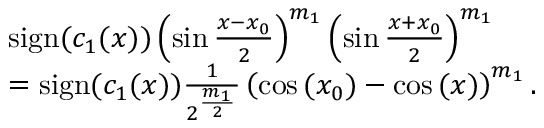
\begin{array} { r l } & { \operatorname { s i g n } ( c _ { 1 } ( x ) ) \left( \sin { \frac { x - x _ { 0 } } { 2 } } \right) ^ { m _ { 1 } } \left( \sin { \frac { x + x _ { 0 } } { 2 } } \right) ^ { m _ { 1 } } } \\ & { = \operatorname { s i g n } ( c _ { 1 } ( x ) ) \frac { 1 } { 2 ^ { \frac { m _ { 1 } } { 2 } } } \left( \cos { ( x _ { 0 } ) } - \cos { ( x ) } \right) ^ { m _ { 1 } } . } \end{array}